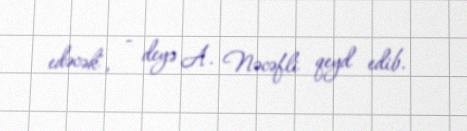
edəcək", - deyə A. Nəcəfli qeyd edib.